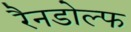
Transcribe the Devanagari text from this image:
रैनडोल्फ